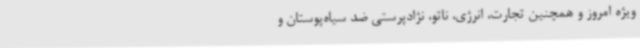
ویژه امروز و همچنین تجارت، انرژی، ناتو، نژادپرستی ضد سیاه‌پوستان و